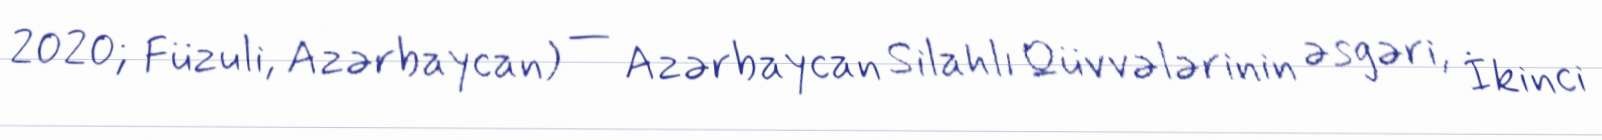
2020; Füzuli, Azərbaycan) — Azərbaycan Silahlı Qüvvələrinin əsgəri, İkinci